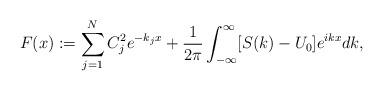
LaTeX: \begin{align*}F(x):=\sum_{j=1}^N C_j^2 e^{-k_jx}+\frac{1}{2\pi}\int_{-\infty}^{\infty}[S(k)-{U_0}]e^{ikx}dk,\end{align*}